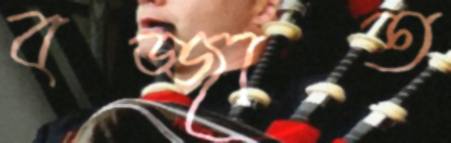
বজ্জাত